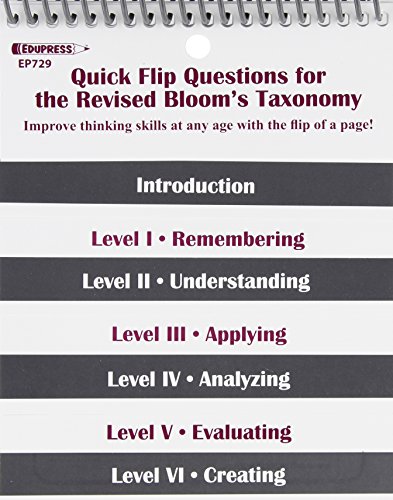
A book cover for Quick Flip Questions for the Revised Bloom's Taxonomy; Linda G. Barton; Science & Math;